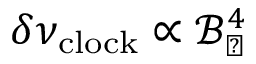
\delta \nu _ { \mathrm { c l o c k } } \propto \mathcal { B } _ { \perp } ^ { 4 }